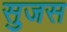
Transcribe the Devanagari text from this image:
सुजस